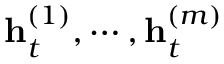
\mathbf { h } _ { t } ^ { ( 1 ) } , \cdots , \mathbf { h } _ { t } ^ { ( m ) }